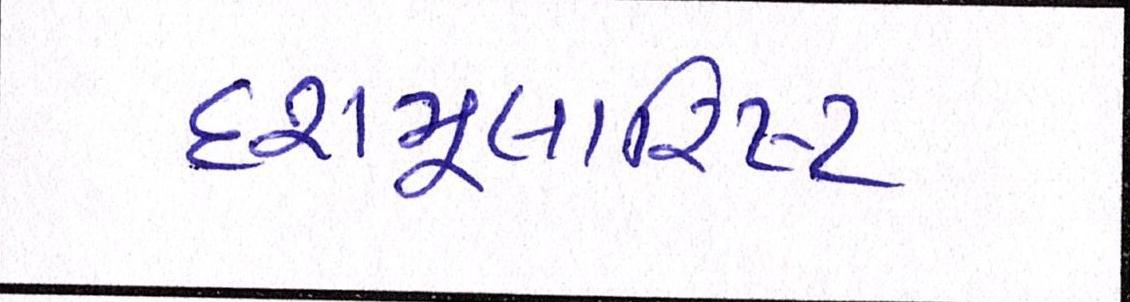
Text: દશમૂલારિષ્ટ